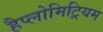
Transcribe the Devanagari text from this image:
हैप्लोमिट्रियम